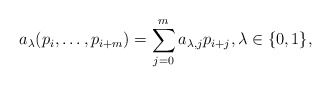
\begin{align*} a_\lambda(p_i,\dots,p_{i+m}) = \sum_{j=0}^m a_{\lambda,j} p_{i+j} , \lambda\in \{0,1\} ,\end{align*}